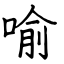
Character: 喻